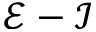
\mathcal E - \mathcal I